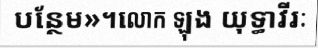
បន្ថែម»។លោក ឡុង យុទ្ធាវីរៈ